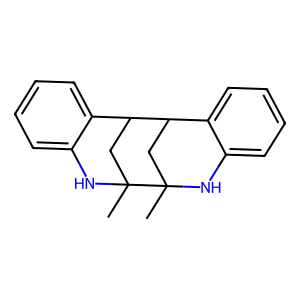
SMILES: CC12CC(c3ccccc3N1)C1CC2(C)Nc2ccccc21
Inhibits HIV replication: No